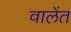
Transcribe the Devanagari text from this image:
वालेंत